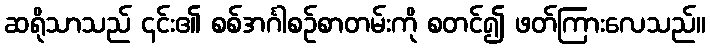
ဆရိုသာသည် ၎င်း၏ စစ်အင်္ဂါစဉ်စာတမ်းကို စတင်၍ ဖတ်ကြားလေသည်။